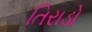
તિરાડો